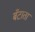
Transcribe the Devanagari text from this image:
बँटाता